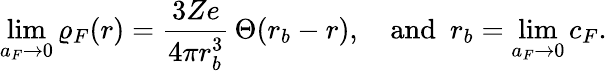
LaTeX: \operatorname*{lim}_{a_{F}\to 0}\varrho_{F}(r)=\frac{3Ze}{4\pi r_{b}^{3}}\, \Theta(r_{b}-r),\quad\mathrm{and\, \, \, }r_{b}=\operatorname*{lim}_{a_{F}\to 0}c_{F}.